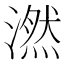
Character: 𪷖